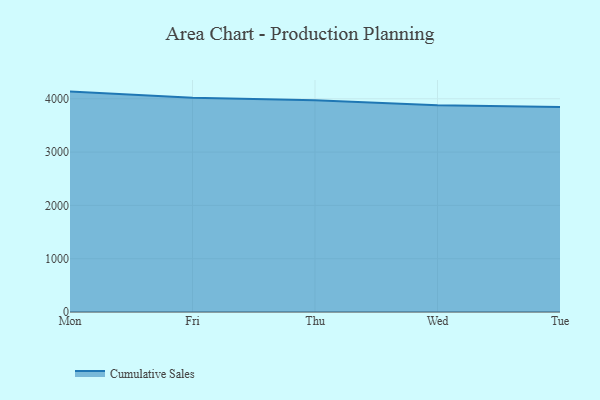
{"axis": {"x": "Day", "y": "Net Income (USD K)"}, "legend": ["Cumulative Sales"], "data": [{"x": "Mon", "y": 4134.6, "type": "Cumulative Sales"}, {"x": "Fri", "y": 4021.3, "type": "Cumulative Sales"}, {"x": "Thu", "y": 3972.4, "type": "Cumulative Sales"}, {"x": "Wed", "y": 3879.2, "type": "Cumulative Sales"}, {"x": "Tue", "y": 3845.0, "type": "Cumulative Sales"}]}